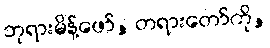
ဘုရားမိန့်ဖော်, တရားတော်ကို,